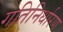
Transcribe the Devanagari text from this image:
गतिनिर्धारण